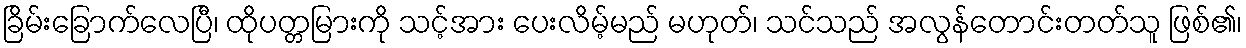
ခြိမ်းခြောက်လေပြီ၊ ထိုပတ္တမြားကို သင့်အား ပေးလိမ့်မည် မဟုတ်၊ သင်သည် အလွန်တောင်းတတ်သူ ဖြစ်၏၊